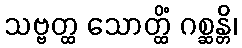
သဗ္ဗတ္ထ သောတ္ထိံ ဂစ္ဆန္တိ၊